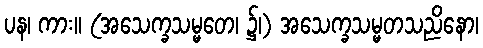
ပန၊ ကား။ (အသေက္ခသမ္မတေ၊ ၌၊) အသေက္ခသမ္မတသညိနော၊